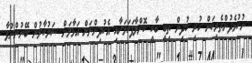
ނުކުޅެދުންތެރިކަން ހުރި ކުދިން ތިބީ ބާކީ ކޮށްލާފަކަމަށާއި އެކުދިންނަށް އަޅާލަން ސަރުކާރުން ބޭނުންނުވާ